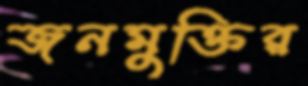
জনমুক্তির